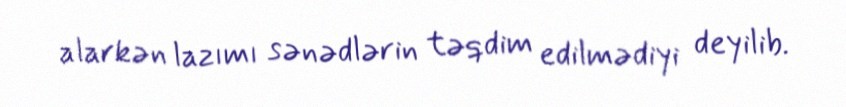
alarkən lazımı sənədlərin təqdim edilmədiyi deyilib.